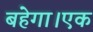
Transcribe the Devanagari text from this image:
बहेगा।एक